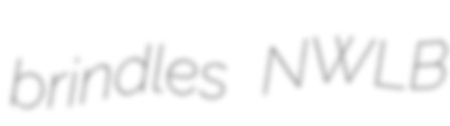
brindles NWLB